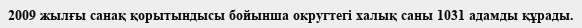
2009 жылғы санақ қорытындысы бойынша округтегі халық саны 1031 адамды құрады.